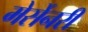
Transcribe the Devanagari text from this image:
मेर्सेनरी